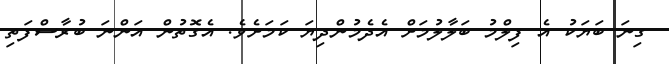
ގިނަ ބަޔަކު އެ ފިލްމު ބަލާލުމަށް އެދެމުންދިޔަ ކަމަށެވެ. އެގޮތުން އަންނަ ބުރާސްފަތި